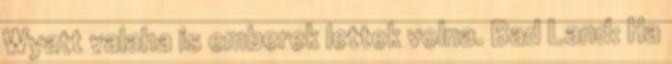
Wyatt valaha is emberek lettek volna. Bad Land: Ha